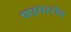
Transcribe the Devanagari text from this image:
पाइपस्टोन